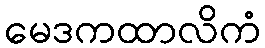
မေဒကထာလိကံ